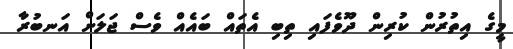
މީގެ އިތުރުން ކުރިން ދޫވެފައި ތިބި އެތައް ބައެއް ވެސް ޖަލަށް އަނބުރާ